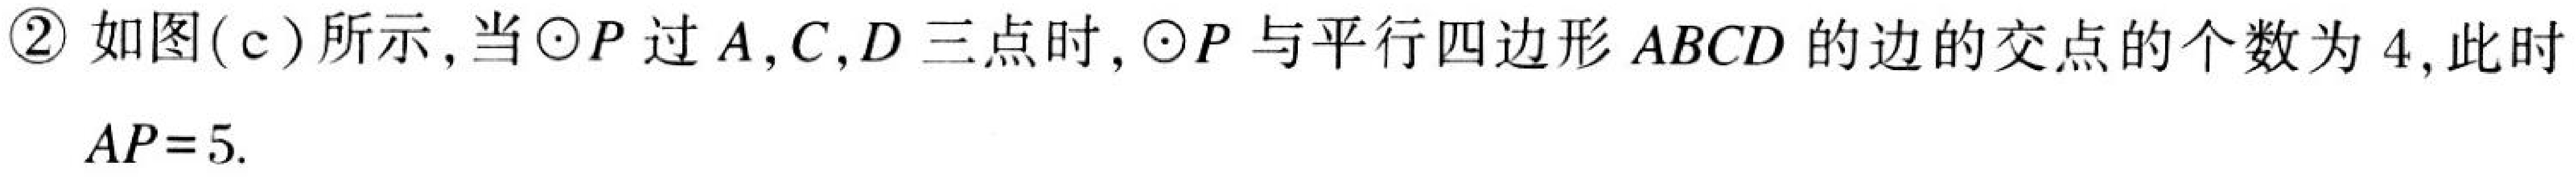
\textcircled{2}如图(c)所示,当\(\odot P\)过\(A,C,D\)三点时,\(\odot P\)与平行四边形\(ABCD\)的边的交点的个数为\(4\),此时
\(AP = 5\).